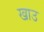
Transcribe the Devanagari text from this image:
खाउ